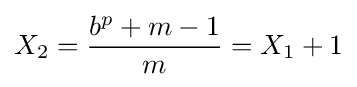
X_{2}={\frac {b^{p}+m-1}{m}}=X_{1}+1